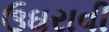
ઉઘરાવી